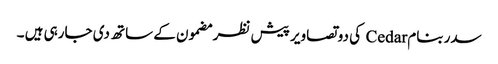
سدر بنام Cedar کی دو تصاویر پیش نظر مضمون کے ساتھ دی جارہی ہیں ۔